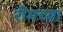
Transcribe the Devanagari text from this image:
रीमच्या